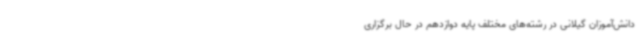
دانش‌آموزان گیلانی در رشته‌های مختلف پایه دوازدهم در حال برگزاری